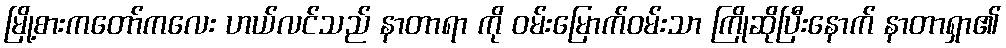
မြို့စားကတော်ကလေး ဟယ်လင်သည် နာတာရာ ကို ဝမ်းမြောက်ဝမ်းသာ ကြိုဆိုပြီးနောက် နာတာရှာ၏